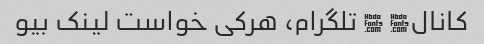
کانال� � تلگرام، هرکی خواست لینک بیو